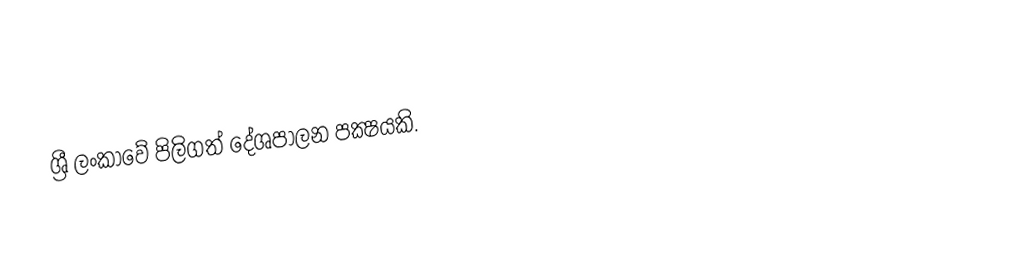
ශ්‍රී ලංකාවේ පිලිගත් දේශපාලන පක්‍ෂයකි.